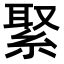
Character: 𦁫